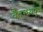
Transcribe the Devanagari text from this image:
वैदग्ध्यपूर्ण